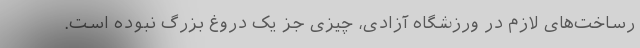
رساخت‌های لازم در ورزشگاه آزادی، چیزی جز یک دروغ بزرگ نبوده است.